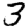
Digit: 3